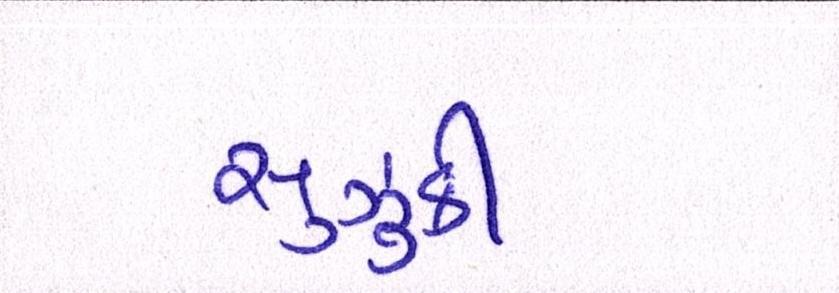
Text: સુઝુકી